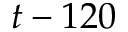
t - 1 2 0